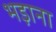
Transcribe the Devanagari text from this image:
भड़ाना